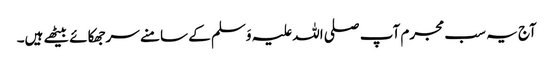
آج یہ سب مجرم آپ صلی اللہ علیہ وَسلم کے سامنے سرجھکائے بیٹھے ہیں۔